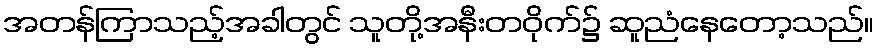
အတန်ကြာသည့်အခါတွင် သူတို့အနီးတဝိုက်၌ ဆူညံနေတော့သည်။